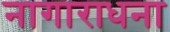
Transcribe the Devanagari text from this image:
नागाराधना